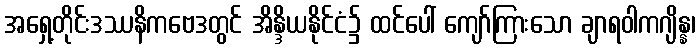
အရှေ့တိုင်းဒဿနိကဗေဒတွင် အိန္ဒိယနိုင်ငံ၌ ထင်ပေါ် ကျော်ကြားသော ချာရဝါကဂျိန္န၊